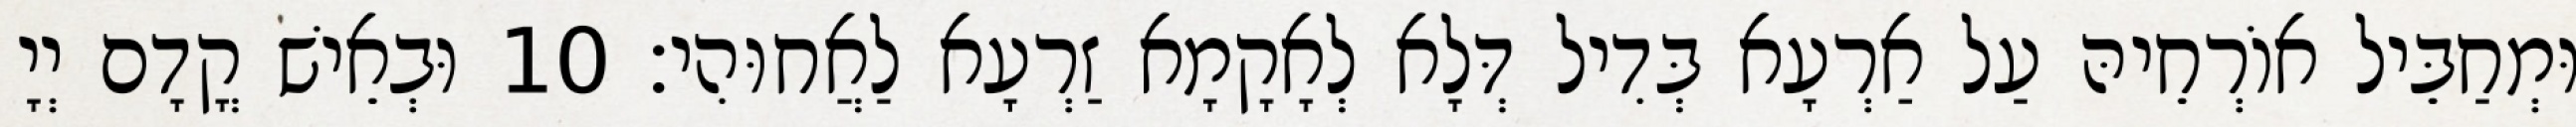
וּמְחַבֵּיל אוֹרְחֵיהּ עַל אַרְעָא בְּדִיל דְּלָא לְאָקָמָא זַרְעָא לַאֲחוּהִי׃ 10 וּבְאֵישׁ קֳדָם יְיָ